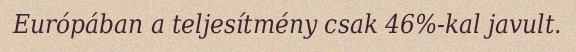
Európában a teljesítmény csak 46%-kal javult.